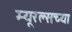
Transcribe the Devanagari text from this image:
म्यूरल्सच्या